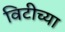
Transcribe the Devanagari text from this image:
विटीच्या